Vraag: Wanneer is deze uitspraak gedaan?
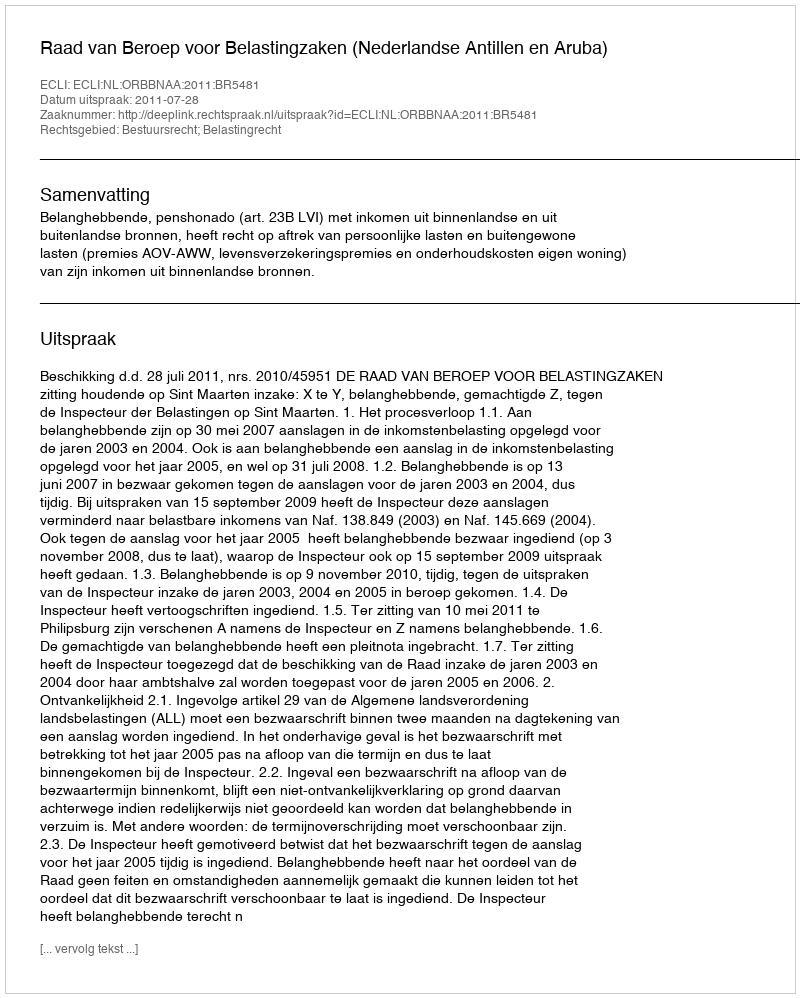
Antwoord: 2011-07-28